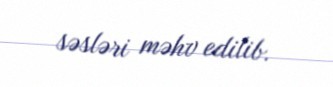
səsləri məhv edilib.